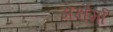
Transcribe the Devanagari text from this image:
अक्षैर्मा